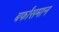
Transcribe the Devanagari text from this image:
बर्फांसमान